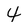
Character: 4